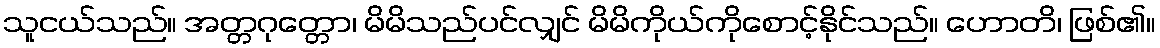
သူငယ်သည်။ အတ္တဂုတ္တော၊ မိမိသည်ပင်လျှင် မိမိကိုယ်ကိုစောင့်နိုင်သည်။ ဟောတိ၊ ဖြစ်၏။